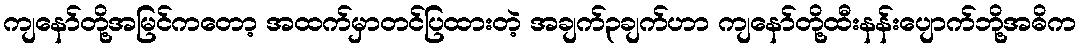
ကျနော်တို့အမြင်ကတော့ အထက်မှာတင်ပြထားတဲ့ အချက်၃ချက်ဟာ ကျနော်တို့ထီးနန်းပျောက်ဘို့အဓိက